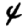
Digit: 4